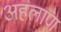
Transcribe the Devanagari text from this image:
अहलाण